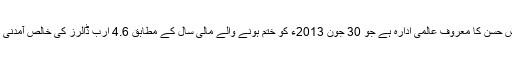
کوٹی آرائش حسن کا معروف عالمی ادارہ ہے جو 30 جون 2013ء کو ختم ہونے والے مالی سال کے مطابق 4.6 ارب ڈالرز کی خالص آمدنی رکھتا ہے۔